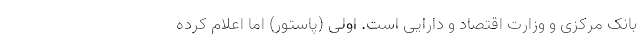
بانک مرکزی و وزارت اقتصاد و دارایی است. اولی (پاستور) اما اعلام کرده